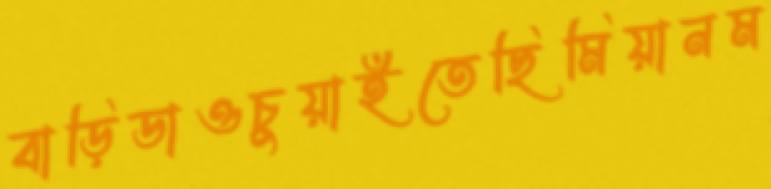
বাড়িডাওচুয়াইতেছিমিয়ানম